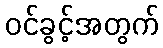
ဝင်ခွင့်အတွက်